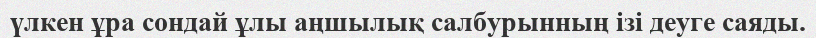
үлкен ұра сондай ұлы аңшылық салбурынның ізі деуге саяды.